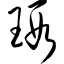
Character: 瑕